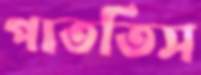
পাততিস